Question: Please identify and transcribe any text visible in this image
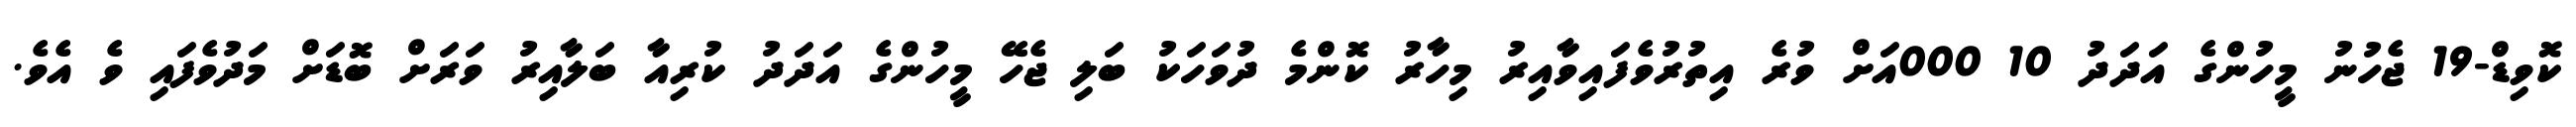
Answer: ކޮވިޑް-19 ޖެހުނު މީހުންގެ އަދަދު 10 000އަށް ވުރެ އިތުރުވެފައިވާއިރު މިހާރު ކޮންމެ ދުވަހަކު ބަލި ޖެހޭ މީހުންގެ އަދަދު ކުރިއާ ބަލާއިރު ވަރަށް ބޮޑަށް މަދުވެފައި ވެ އެވެ.